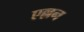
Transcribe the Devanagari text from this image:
एल्लन